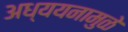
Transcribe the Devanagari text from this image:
अध्ययनामुळे